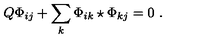
Q \Phi _ { i j } + \sum _ { k } \Phi _ { i k } \star \Phi _ { k j } = 0 \ .